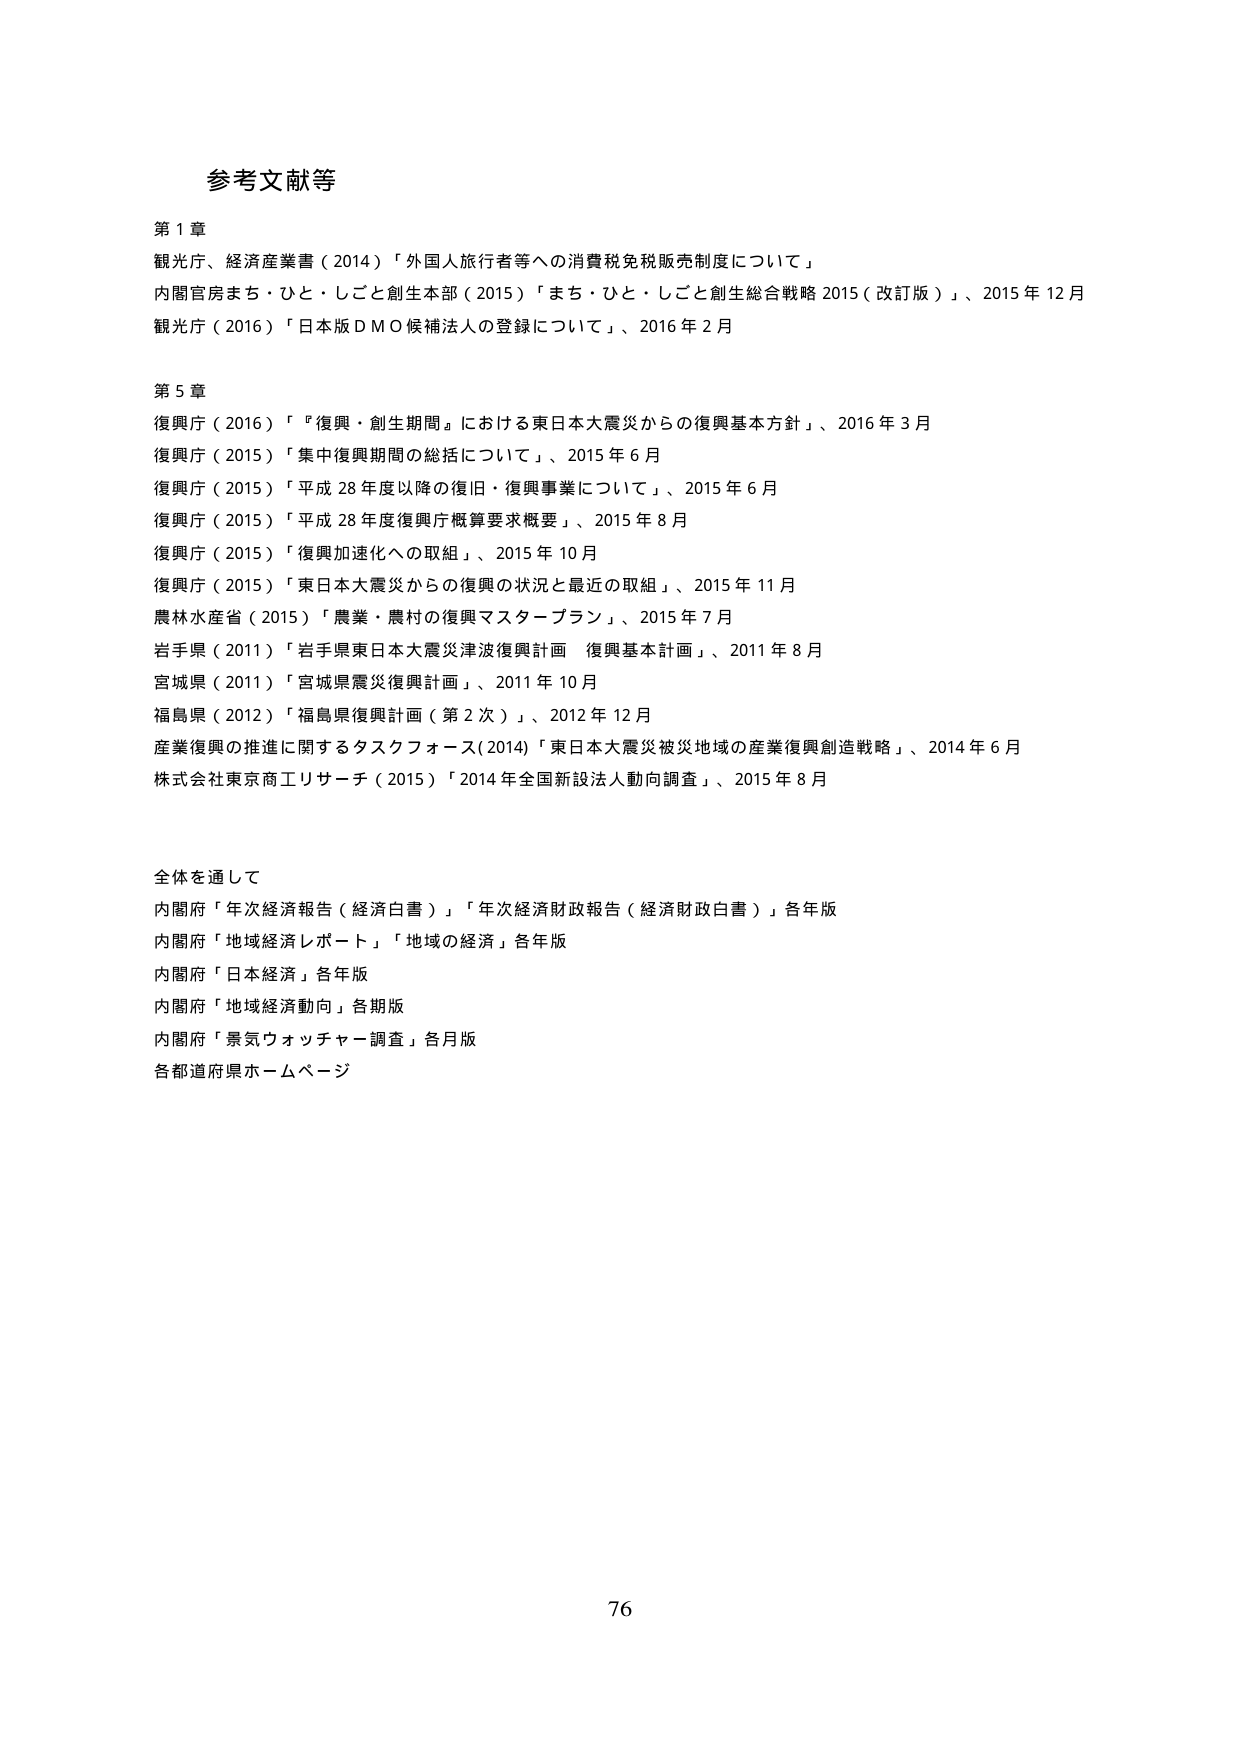
参考文献等

第1章
観光庁、経済産業省（2014）「外国人旅行者等への消費税免税販売制度について」
内閣官房まち・ひと・しごと創生本部（2015）「まち・ひと・しごと創生総合戦略2015（改訂版）」、2015年12月
観光庁（2016）「日本版DMO候補法人の登録について」、2016年2月

第5章
復興庁（2016）「『復興・創生期間』における東日本大震災からの復興基本方針」、2016年3月
復興庁（2015）「集中復興期間の総括について」、2015年6月
復興庁（2015）「平成28年度以降の復旧・復興事業について」、2015年6月
復興庁（2015）「平成28年度復興庁概算要求概要」、2015年8月
復興庁（2015）「復興加速化への取組」、2015年10月
復興庁（2015）「東日本大震災からの復興の状況と最近の取組」、2015年11月
農林水産省（2015）「農業・農村の復興マスタープラン」、2015年7月
岩手県（2011）「岩手県東日本大震災津波復興計画 復興基本計画」、2011年8月
宮城県（2011）「宮城県震災復興計画」、2011年10月
福島県（2012）「福島県復興計画（第2次）」、2012年12月
産業復興の推進に関するタスクフォース（2014）「東日本大震災被災地域の産業復興創造戦略」、2014年6月
株式会社東京商工リサーチ（2015）「2014年全国新設法人動向調査」、2015年8月

全体を通して
内閣府「年次経済報告（経済白書）」「年次経済財政報告（経済財政白書）」各年版
内閣府「地域経済レポート」「地域の経済」各年版
内閣府「日本経済」各年版
内閣府「地域経済動向」各期版
内閣府「景気ウォッチャー調査」各月版
各都道府県ホームページ

76